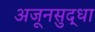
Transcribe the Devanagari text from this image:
अजूनसुद्धा